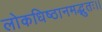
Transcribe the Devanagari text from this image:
लोकधिष्ठानमद्भुतः।।